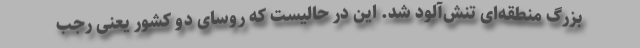
بزرگ منطقه‌ای تنش‌آلود شد. این در حالیست که روسای دو کشور یعنی رجب